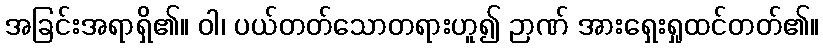
အခြင်းအရာရှိ၏။ ဝါ၊ ပယ်တတ်သောတရားဟူ၍ ဉာဏ် အားရှေးရှုထင်တတ်၏။